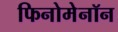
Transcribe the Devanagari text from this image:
फिनोमेनॉन